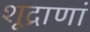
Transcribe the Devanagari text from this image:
शूद्राणां